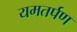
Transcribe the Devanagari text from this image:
यमतर्पण